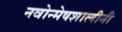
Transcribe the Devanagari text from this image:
नवोन्मेषशालीनी